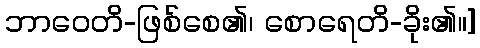
ဘာဝေတိ-ဖြစ်စေ၏၊ စောရေတိ-ခိုး၏။]